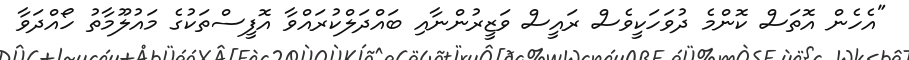
"އެހެން އޮތަސް ކޮންމެ ދުވަހަކީވެސް ރައީސް ވަޒީރުންނާއި ބައްދަލްކުރައްވާ އޮފީސްތަކުގެ މައުލޫމާތު ހޯއްދަވާ